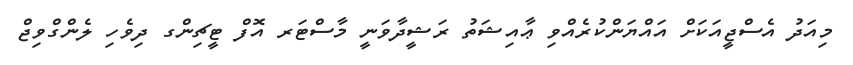
މިއަދު އެސްޖީއަކަށް އައްޔަންކުރެއްވި ޢާއިޝަތު ރަޝީދާވަނީ މާސްޓަރ އޮފް ޓީޗިންގ ދިވެހި ލެންގްވިޖް